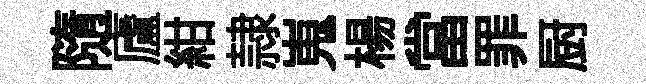
隨廬紺隷嵬楊當罪厨